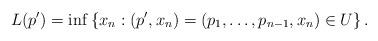
LaTeX: \begin{align*} L(p')=\inf\left\{x_n:(p', x_n)=(p_1,\ldots, p_{n-1},x_n)\in U\right\}.\end{align*}